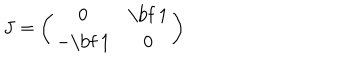
LaTeX: J = \left( \begin{matrix} { { 0 } } & { { \mathrm { \bf ~ 1 } } } \\ { { - \mathrm { \bf ~ 1 } } } & { { 0 } } \\ \end{matrix} \right)